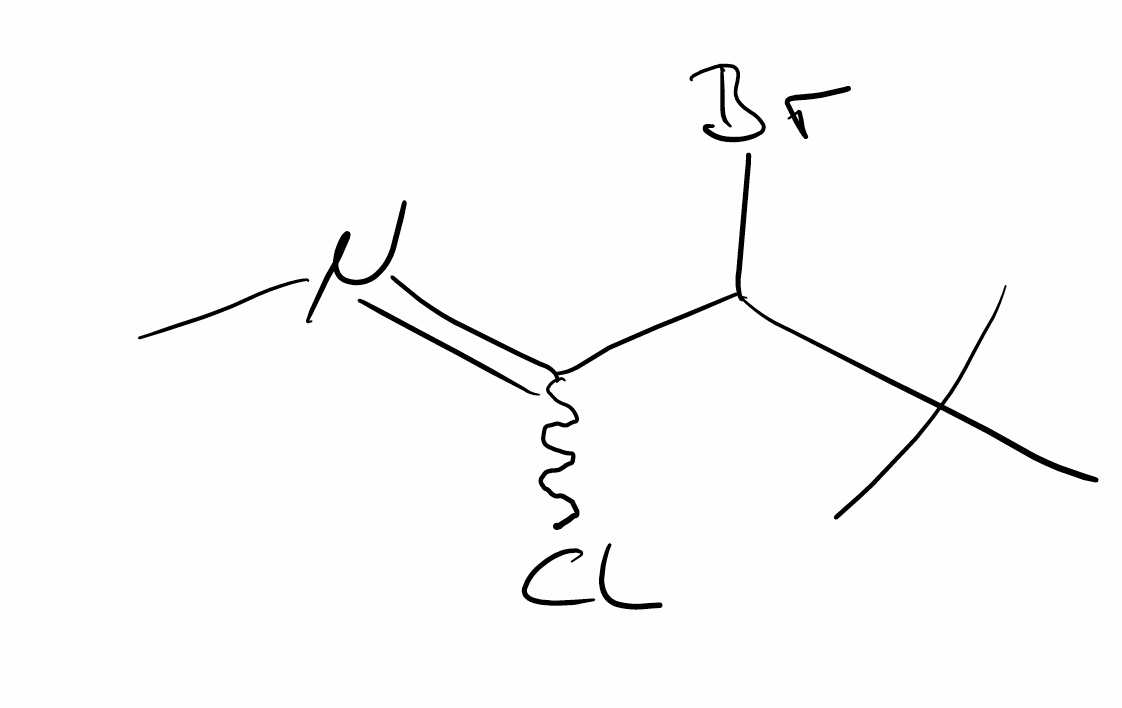
Simplified molecular-input line-entry system (SMILES) notation of the given molecule:
CC(C)(C)C(C(=NC)Cl)Br